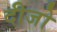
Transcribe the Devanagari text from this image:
दीजो